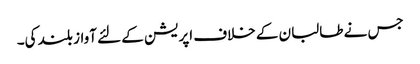
جس نے طالبان کے خلاف اپریشن کے لئے آواز بلند کی۔